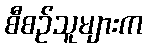
စီစဉ်သူများက